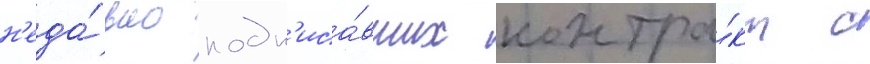
н'еда́вно подп'иса́вших контра́кт с